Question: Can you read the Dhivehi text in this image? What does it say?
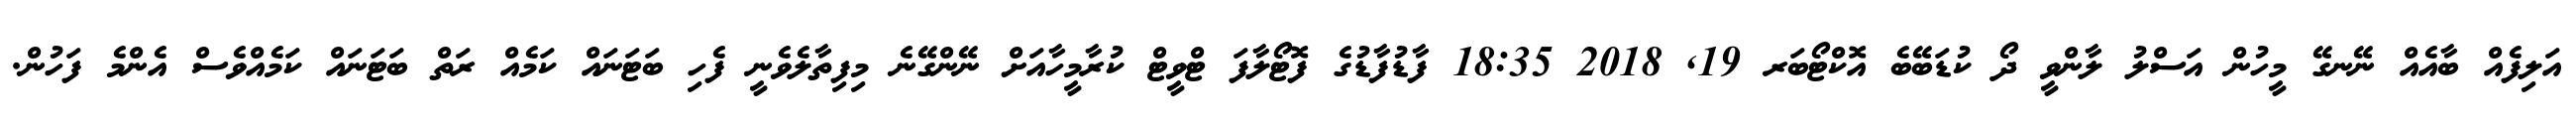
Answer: އަލިފެއް ބާއެއް ނޭނގޭ މީހުން އަސްލު ލާންވީ ދޯ ކުޑަބޭބެ އޮކްޓޯބަރ 19, 2018 18:35 ފާޑުފާޑުގެ ފޮޓޯލާފަ ޓްވީޓް ކުރާމީހާއަށް ނޭންގޭނެ މިފިތާލެވެނީ ފެހި ބަޓަނައް ކަމެއް ރަތް ބަޓަނައް ކަމެއްވެސް އެންމެ ފަހުން.